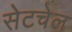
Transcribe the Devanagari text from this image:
सेटचेल